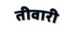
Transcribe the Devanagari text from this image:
तीवारी